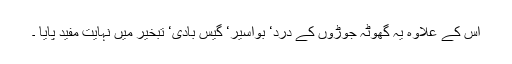
اس کے علاوہ یہ گھوٹہ جوڑوں کے درد‘ بواسیر‘ گیس بادی‘ تبخیر میں نہایت مفید پایا ۔